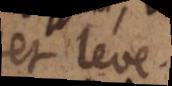
et leve.